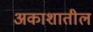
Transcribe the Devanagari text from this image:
अकाशातील